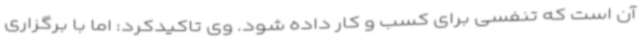
آن است که تنفسی برای کسب و کار داده شود. وی تاکیدکرد: اما با برگزاری